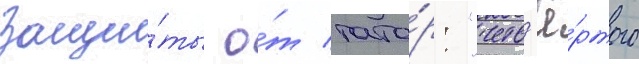
защи́ты о́т тата́р: "четв'ё́ртого